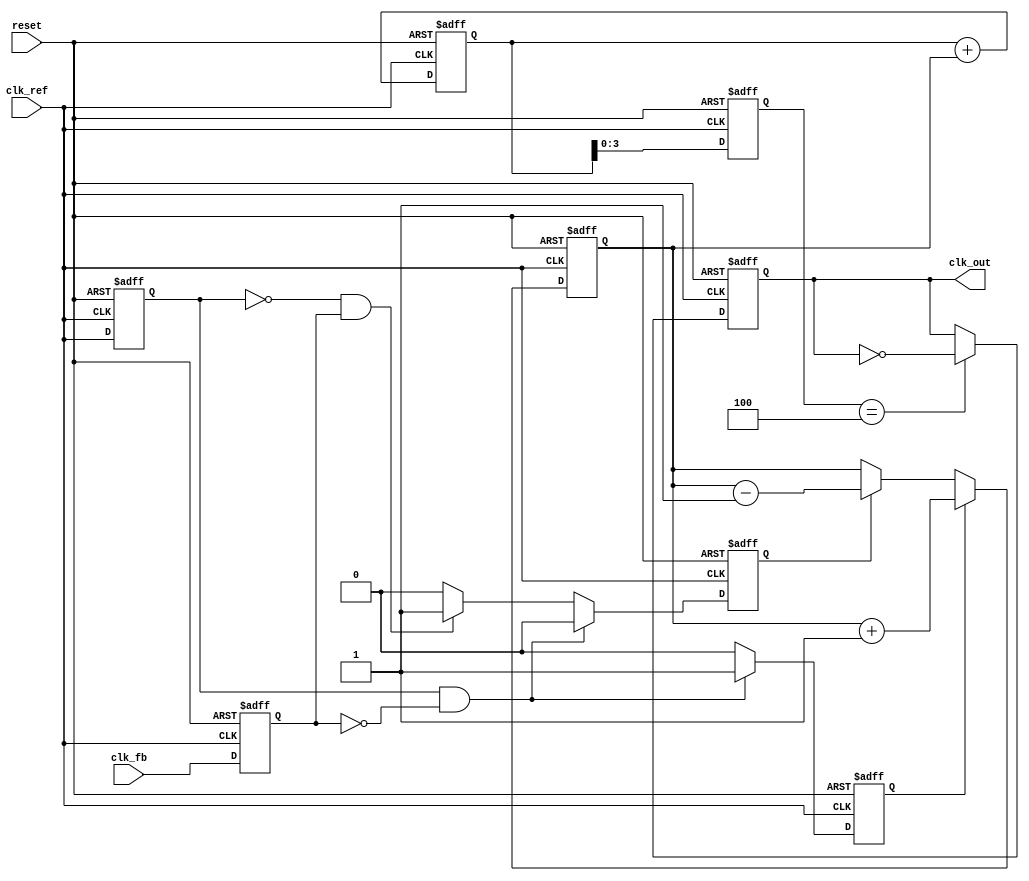
module CP_PLL (
    input wire clk_ref,         // Reference clock input
    input wire clk_fb,          // Feedback clock input
    input wire reset,           // Asynchronous reset
    output reg clk_out          // Output clock from VCO
);

// Parameters for the PLL
parameter N = 4;               // Feedback divider value
parameter CP_UP_CURRENT = 1;   // Charge Pump UP current
parameter CP_DOWN_CURRENT = 1; // Charge Pump DOWN current

// PFD signals
reg pfd_up, pfd_down;
reg pfd_clk_ref_last, pfd_clk_fb_last;

// Charge Pump signals
reg [7:0] charge_pump_output; // Charge pump output voltage level

// Loop Filter parameters
reg [7:0] loop_filter_output; // Output of the loop filter

// VCO parameters
reg [7:0] vco_frequency;       // VCO frequency control value

// Phase Frequency Detector (PFD) logic
always @(posedge clk_ref or posedge reset) begin
    if (reset) begin
        pfd_up <= 0;
        pfd_down <= 0;
        pfd_clk_ref_last <= 0;
        pfd_clk_fb_last <= 0;
    end else begin
        pfd_clk_ref_last <= clk_ref;
        pfd_clk_fb_last <= clk_fb;

        // PFD logic
        if (pfd_clk_ref_last && ~pfd_clk_fb_last) begin
            pfd_up <= 1;
            pfd_down <= 0;
        end else if (~pfd_clk_ref_last && pfd_clk_fb_last) begin
            pfd_up <= 0;
            pfd_down <= 1;
        end else begin
            pfd_up <= 0;
            pfd_down <= 0;
        end
    end
end

// Charge Pump logic
always @(posedge clk_ref or posedge reset) begin
    if (reset) begin
        charge_pump_output <= 0;
    end else begin
        if (pfd_up) begin
            charge_pump_output <= charge_pump_output + CP_UP_CURRENT;
        end else if (pfd_down) begin
            charge_pump_output <= charge_pump_output - CP_DOWN_CURRENT;
        end
    end
end

// Loop Filter (simple integrator)
always @(posedge clk_ref or posedge reset) begin
    if (reset) begin
        loop_filter_output <= 0;
    end else begin
        loop_filter_output <= loop_filter_output + charge_pump_output;
    end
end

// Voltage-Controlled Oscillator (VCO)
always @(posedge clk_ref or posedge reset) begin
    if (reset) begin
        vco_frequency <= 0;
        clk_out <= 0;
    end else begin
        // Adjust VCO frequency based on loop filter output
        vco_frequency <= loop_filter_output;

        // Output clock generation (simple toggle for demonstration)
        if (vco_frequency[N-1:0] == N) begin
            clk_out <= ~clk_out;
        end
    end
end

endmodule